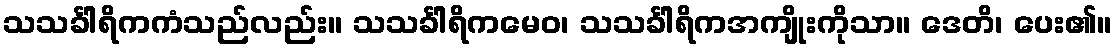
သသင်္ခါရိကကံသည်လည်း။ သသင်္ခါရိကမေဝ၊ သသင်္ခါရိကအကျိုးကိုသာ။ ဒေတိ၊ ပေး၏။